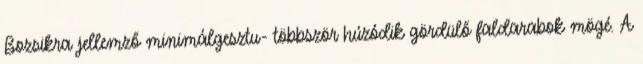
Bozsikra jellemző minimálgesztu- többször húzódik gördülő faldarabok mögé. A